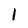
Character: 1